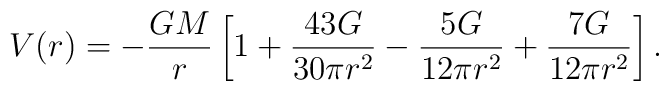
V(r) = -\frac{G M}{r} \left[1 + \frac{43 G}{30 \pi r^2} - \frac{5 G}{12 \pi r^2} +\frac{7 G}{12 \pi r^2} \right] .